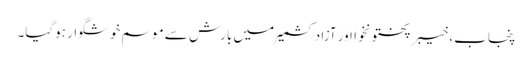
پنجاب، خیبرپختونخوا اور آزادکشمیر میں بارش سے موسم خوشگوار ہوگیا۔